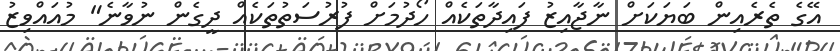
އޭގެ ތެރެއިން ބަޔަކަށް ނާޖާއިޒު ފައިދާތަކެއް ހޯދުމަށް ފުރުސަތުތަކެއް ދީގެން ނުވާނެ" މުއައްވިޒު